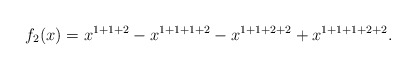
\begin{align*}f_2(x)=x^{1+1+2}-x^{1+1+1+2}-x^{1+1+2+2}+x^{1+1+1+2+2}.\end{align*}